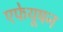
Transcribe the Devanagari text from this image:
एफेयूषन